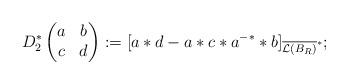
LaTeX: \begin{align*}D_2^*\begin{pmatrix}a&b\\c&d\\\end{pmatrix}:=[a*d-a*c*a^{-*}*b]_{\overline{\mathcal{L}(B_R)}^{*}};\end{align*}